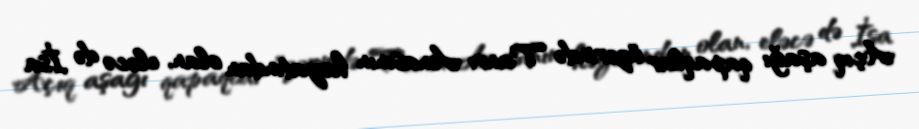
Açıq aşağı qapaqlar üzərində Tanrı Anasının həyatından olan, eləcə də İsa